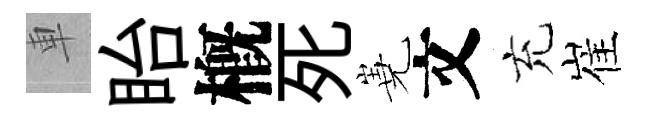
車眙槪死嶤文充崔